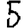
Digit: 5